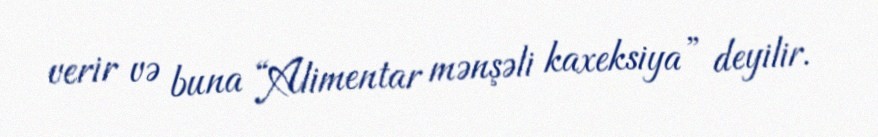
verir və buna “Alimentar mənşəli kaxeksiya” deyilir.